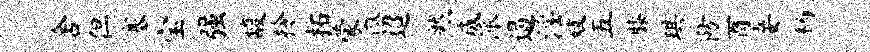
舍但塞宝强馥拎拓蒙微迢然咸派遏淫妓五膝琪防酉妾柄